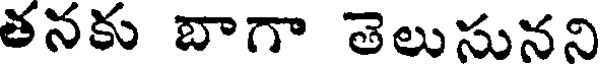
తనకు దాగా తెలుసునని